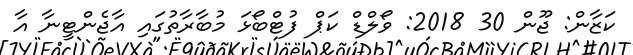
ކަޒާން: ޖޫން 30 2018: ވޯލްޑް ކަޕް ފުޓްބޯޅަ މުބާރާތުގައި އާޖެންޓީނާ އާ